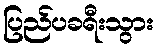
ပြည်ပခရီးသွား